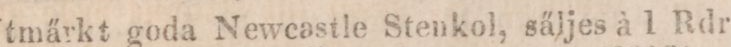
Utmärkt goda Newcastle Stenkol, säljes à 1 Rdr